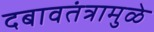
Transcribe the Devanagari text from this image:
दबावतंत्रामुळे